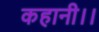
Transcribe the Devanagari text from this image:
कहानी।।